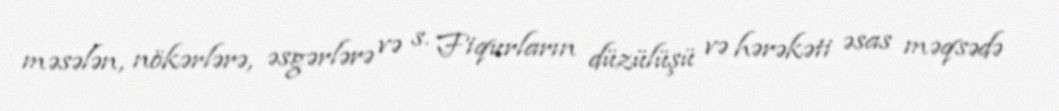
məsələn, nökərlərə, əsgərlərə və s. Fiqurların düzülüşü və hərəkəti əsas məqsədə